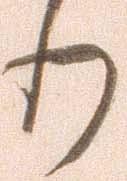
り